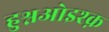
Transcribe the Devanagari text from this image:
हुश्नओइश्क़